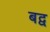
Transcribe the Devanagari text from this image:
बद्व